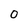
Character: 0